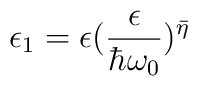
\epsilon_{1} = \epsilon (\frac{\epsilon}{\hbar\omega_{0}})^{\bar{\eta}}